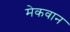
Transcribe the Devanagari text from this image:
मेकवान